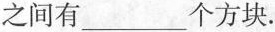
之间有___个方块。